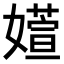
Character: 𫱽